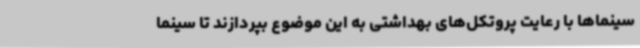
سینماها با رعایت پروتکل‌های بهداشتی به این موضوع بپردازند تا سینما